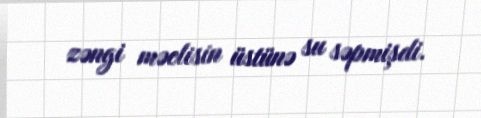
zəngi məclisin üstünə su səpmişdi.